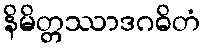
နိမိတ္တဿာဒဂဓိတံ